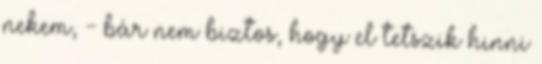
nekem, - bár nem biztos, hogy el tetszik hinni